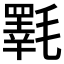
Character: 𱥦